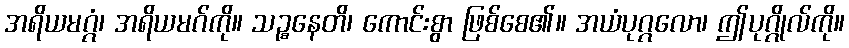
အရိယမဂ္ဂံ၊ အရိယမဂ်ကို။ သဉ္စနေတိ၊ ကောင်းစွာ ဖြစ်စေ၏။ အယံပုဂ္ဂလော၊ ဤပုဂ္ဂိုလ်ကို။